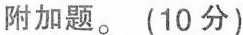
附加题。(10分)